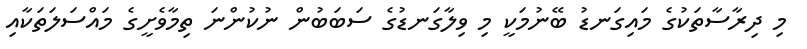
މި ދިރާސާތަކުގެ މައިގަނޑު ބޭނުމަކީ މި ވިލާގަނޑުގެ ސަބަބުން ނުކުންނަ ތިމާވެށީގެ މައްސަލަތަކާއި